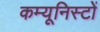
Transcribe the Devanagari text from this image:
कम्यूनिस्टों